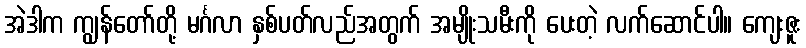
အဲဒါက ကျွန်တော်တို့ မင်္ဂလာ နှစ်ပတ်လည်အတွက် အမျိုးသမီးကို ပေးတဲ့ လက်ဆောင်ပါ။ ကျေးဇူး